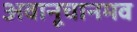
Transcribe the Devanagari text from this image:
अवानूचानमव